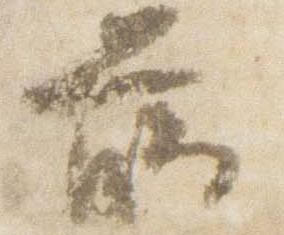
臈